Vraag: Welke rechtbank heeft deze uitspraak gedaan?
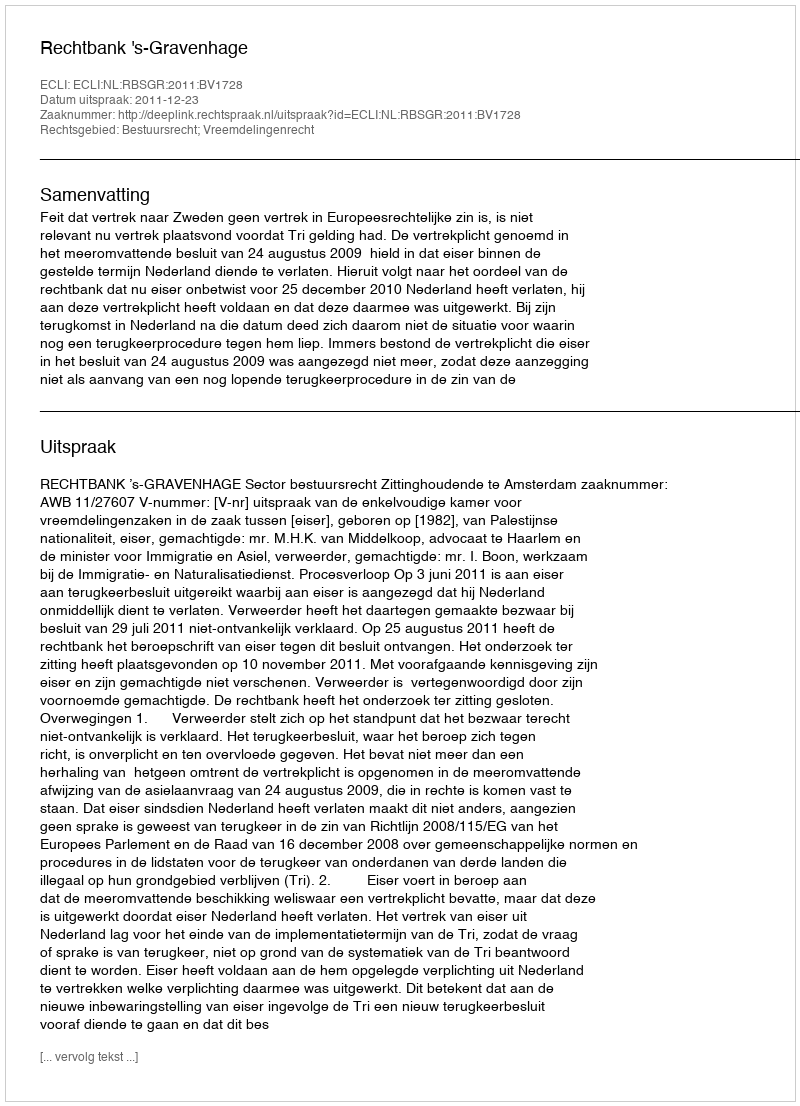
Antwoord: Rechtbank 's-Gravenhage